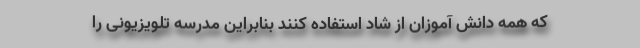
که همه دانش آموزان از شاد استفاده کنند بنابراین مدرسه تلویزیونی را